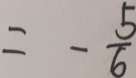
= - \frac { 5 } { 6 }